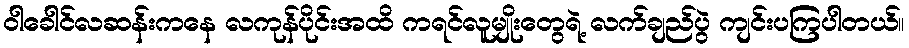
ဝါခေါင်လဆန်းကနေ လကုန်ပိုင်းအထိ ကရင်လူမျိုးတွေရဲ့ လက်ချည်ပွဲ ကျင်းပကြပါတယ်။